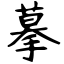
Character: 摹